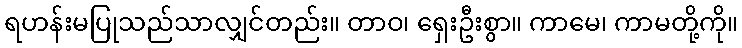
ရဟန်းမပြုသည်သာလျှင်တည်း။ တာဝ၊ ရှေးဦးစွာ။ ကာမေ၊ ကာမတို့ကို။